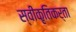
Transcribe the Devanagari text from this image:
स्वीकृतिकर्ता